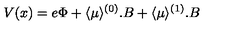
V ( x ) = e \Phi + \langle \mu \rangle ^ { ( 0 ) } . B + \langle \mu \rangle ^ { ( 1 ) } . B